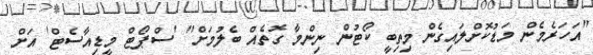
"އަހަރެމެން މަޑުކޮށްލައިގެން މިތިބީ ކޯޓުން ނިންމާ ގޮތެއް ބެލުމަށް" 'ސްޕޯޓް މީޑިއާސެޓް' އަށް